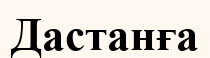
Дастанға